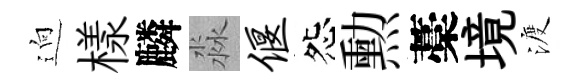
逈樣麟淼偃怨勲藁境渡